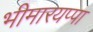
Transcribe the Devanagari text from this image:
भीमारयप्पा